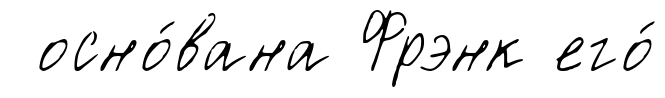
осно́вана Фрэнк его́